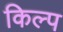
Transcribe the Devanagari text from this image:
किल्प